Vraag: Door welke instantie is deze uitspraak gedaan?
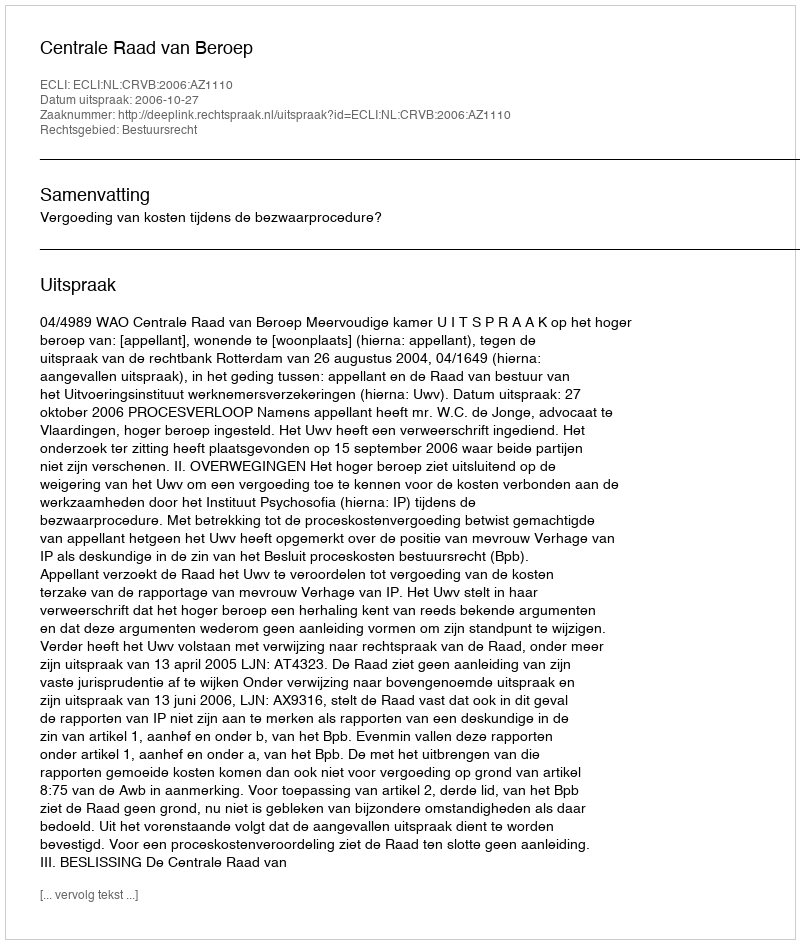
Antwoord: Centrale Raad van Beroep